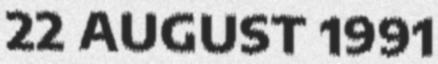
22 AUGUST 1991